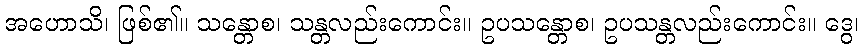
အဟောသိ၊ ဖြစ်၏။ သန္တောစ၊ သန္တလည်းကောင်း။ ဥပသန္တောစ၊ ဥပသန္တလည်းကောင်း။ ဒွေ၊